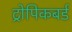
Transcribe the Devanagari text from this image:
ट्रोपिकबर्ड